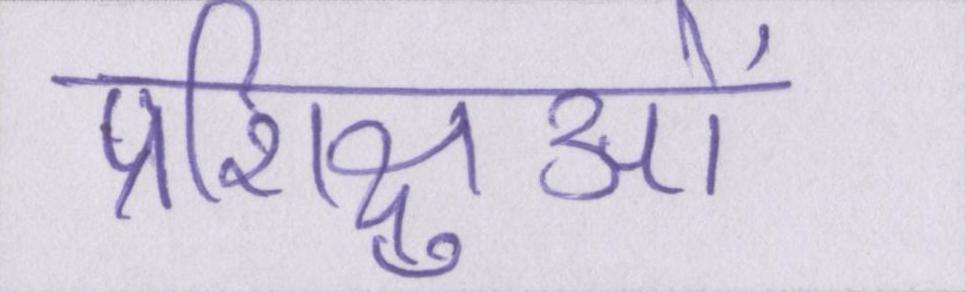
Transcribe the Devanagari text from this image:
प्रशिक्षुओं